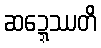
ဆဍ္ဍေဿတိ